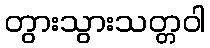
တွားသွားသတ္တဝါ